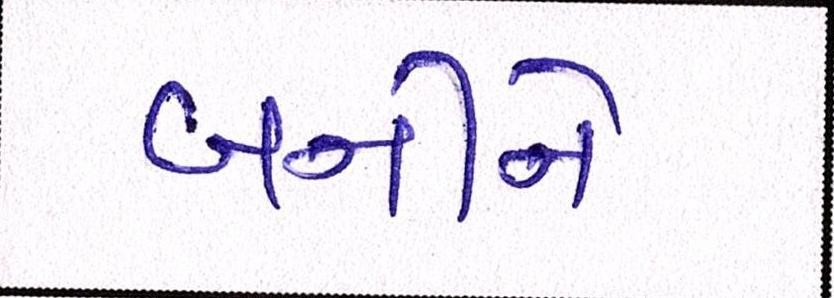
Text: બનીને